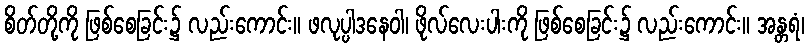
စိတ်တို့ကို ဖြစ်စေခြင်း၌ လည်းကောင်း။ ဖလုပ္ပါဒနေဝါ၊ ဖိုလ်လေးပါးကို ဖြစ်စေခြင်း၌ လည်းကောင်း။ အန္တရံ၊